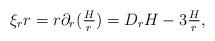
LaTeX: \begin{align*}\xi_r r = r \partial_r ( \tfrac{H}{r} ) = D_r H -3 \tfrac{H}{r},\end{align*}